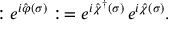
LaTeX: : e ^ { i \hat { \varphi } ( \sigma ) } : \, = e ^ { i \hat { \chi } ^ { \dagger } ( \sigma ) } \, e ^ { i \hat { \chi } ( \sigma ) } .